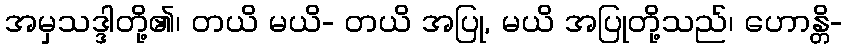
အမှသဒ္ဒါတို့၏၊ တယိ မယိ- တယိ အပြု, မယိ အပြုတို့သည်၊ ဟောန္တိ-